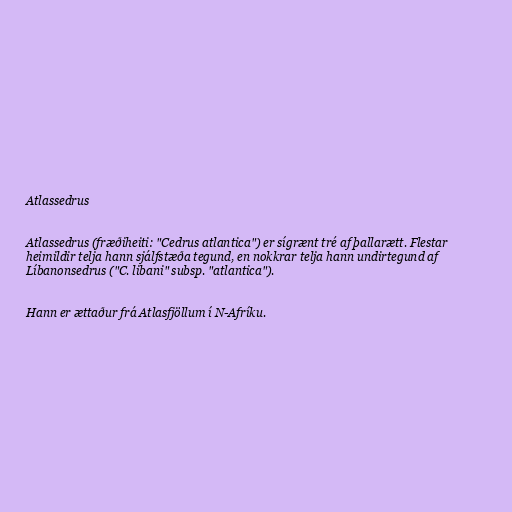
Atlassedrus

Atlassedrus (fræðiheiti: "Cedrus atlantica") er sígrænt tré af þallarætt. Flestar
heimildir telja hann sjálfstæða tegund, en nokkrar telja hann undirtegund af
Líbanonsedrus ("C. libani" subsp. "atlantica").

Hann er ættaður frá Atlasfjöllum í N-Afríku.